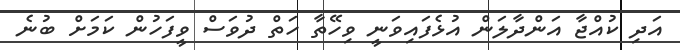
އަދި ކުއްޖާ އަންދާލަން އުޅެފައިވަނީ ވިހޭތާ ހަތް ދުވަސް ވީފަހުން ކަމަށް ބުނެ